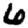
Digit: 6